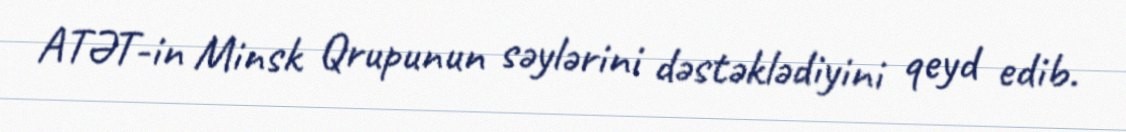
ATƏT-in Minsk Qrupunun səylərini dəstəklədiyini qeyd edib.